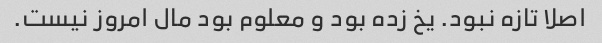
اصلا تازه نبود. یخ زده بود و معلوم بود مال امروز نیست.